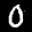
Label: 0